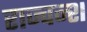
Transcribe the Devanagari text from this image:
राज्वन्श